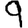
Digit: 9